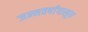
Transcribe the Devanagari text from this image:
जन्मवर्षापासून